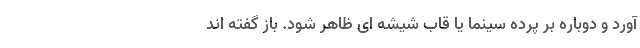
آورد و دوباره بر پرده سینما یا قاب شیشه ای ظاهر شود. باز گفته اند